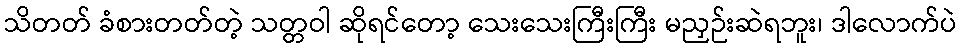
သိတတ် ခံစားတတ်တဲ့ သတ္တဝါ ဆိုရင်တော့ သေးသေးကြီးကြီး မညှဉ်းဆဲရဘူး၊ ဒါလောက်ပဲ